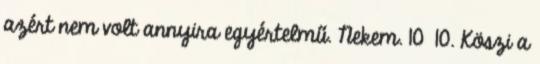
azért nem volt annyira egyértelmű. Nekem. 10 10. Köszi a